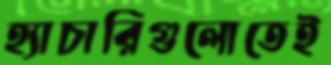
হ্যাচারিগুলোতেই